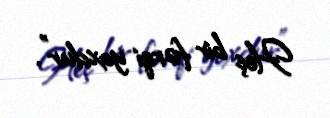
Heç bir fərqi yoxdur”.